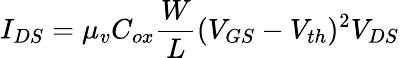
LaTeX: I_{DS}=\mu_{v}C_{ox}\frac{W}{L}(V_{GS}-V_{th})^{2}V_{DS}